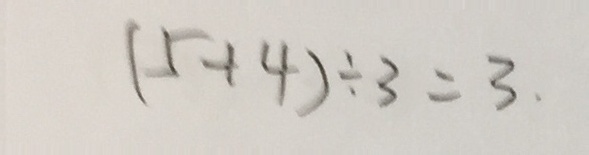
( 5 + 4 ) \div 3 = 3 .